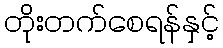
တိုးတက်စေရန်နှင့်